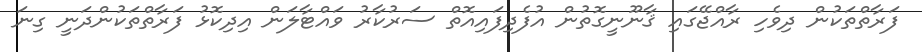
ފަރާތްތަކުން ދިވެހި ރާއްޖޭގައި ޤާނޫނީގޮތުން އުފެދިފައިއޮތް ސަރުކާރު ވައްޓާލަން އިދިކޮޅު ފަރާތްތަކުންދަނީ ގިނަ